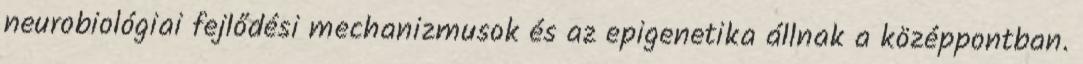
neurobiológiai fejlődési mechanizmusok és az epigenetika állnak a középpontban.